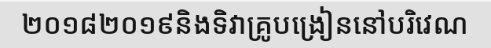
២០១៨២០១៩និងទិវាគ្រូបង្រៀននៅបរិវេណ